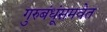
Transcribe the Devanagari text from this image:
गुरुबंधूंसमवेत